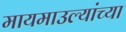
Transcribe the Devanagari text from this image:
मायमाउल्यांच्या